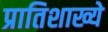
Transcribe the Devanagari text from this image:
प्रातिशाख्ये